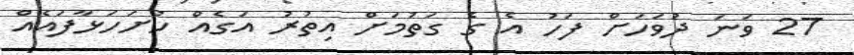
27 ވަނަ ދުވަހަށް ފަހު އެ ގެ ގަތުމަށް އިތުރު އަގެއް ހުށަހަޅާފައެއް